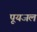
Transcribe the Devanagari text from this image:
पूयजल